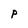
Character: P